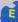
e